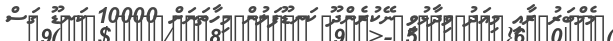
މެމްބަރު ރާއީ މިއަދު ވިދާޅުވީ ނޭކުރެންދޫ ކަނޑޫފަލުން މިހާތަނަށް 10000 ކަނޑޫ ގަސް